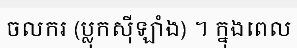
ចលករ (ប្លុកស៊ីឡាំង) ។ ក្នុងពេល